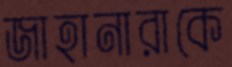
জাহানারাকে